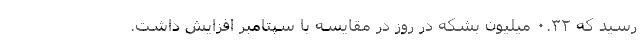
رسید که ۰.۳۲ میلیون بشکه در روز در مقایسه با سپتامبر افزایش داشت.